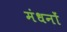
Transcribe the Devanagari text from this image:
मंधनों